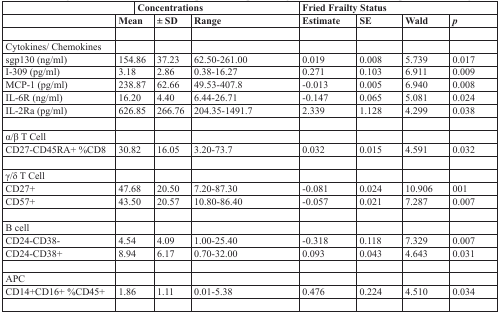
|  | <COLSPAN=3> Concentrations | <COLSPAN=4> Fried Frailty Status |
 |  | Mean | ± SD | Range | Estimate | SE | Wald | p |
 | --- | --- | --- | --- | --- | --- | --- | --- |
 | Cytokines/ Chemokines |  |  |  |  |  |  |  |
 | sgp130 (ng/ml) | 154.86 | 37.23 | 62.50-261.00 | 0.019 | 0.008 | 5.739 | 0.017 |
 | I-309 (pg/ml) | 3.18 | 2.86 | 0.38-16.27 | 0.271 | 0.103 | 6.911 | 0.009 |
 | MCP-1 (pg/ml) | 238.87 | 62.66 | 49.53-407.8 | −0.013 | 0.005 | 6.940 | 0.008 |
 | IL-6R (ng/ml) | 16.20 | 4.40 | 6.44-26.71 | −0.147 | 0.065 | 5.081 | 0.024 |
 | IL-2Ra (pg/ml) | 626.85 | 266.76 | 204.35-1491.7 | 2.339 | 1.128 | 4.299 | 0.038 |
 | α/β T Cell |  |  |  |  |  |  |  |
 | CD27-CD45RA+ %CD8 | 30.82 | 16.05 | 3.20-73.7 | 0.032 | 0.015 | 4.591 | 0.032 |
 | γ/δ T Cell |  |  |  |  |  |  |  |
 | CD27+ | 47.68 | 20.50 | 7.20-87.30 | −0.081 | 0.024 | 10.906 | 001 |
 | CD57+ | 43.50 | 20.57 | 10.80-86.40 | −0.057 | 0.021 | 7.287 | 0.007 |
 | B cell |  |  |  |  |  |  |  |
 | CD24-CD38- | 4.54 | 4.09 | 1.00-25.40 | −0.318 | 0.118 | 7.329 | 0.007 |
 | CD24-CD38+ | 8.94 | 6.17 | 0.70-32.00 | 0.093 | 0.043 | 4.643 | 0.031 |
 | APC |  |  |  |  |  |  |  |
 | CD14+CD16+ %CD45+ | 1.86 | 1.11 | 0.01-5.38 | 0.476 | 0.224 | 4.510 | 0.034 |